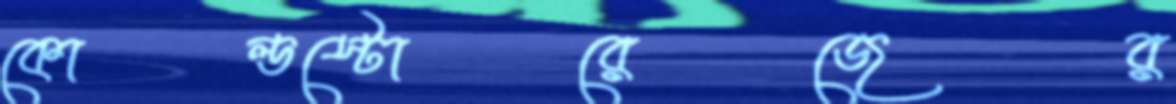
কোল্ডস্টোরেজের